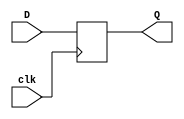
module D_flip_flop(input clk, 
				   input [15:0] D, 
				   output reg [15:0] Q);
always @(posedge clk)
Q<=D;
endmodule